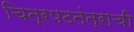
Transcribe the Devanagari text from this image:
चित्रपटतंत्राची